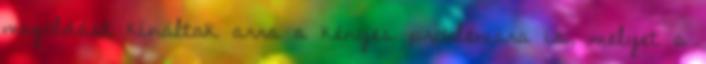
megoldást kínáltak arra a kényes problémára is, melyet a